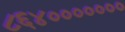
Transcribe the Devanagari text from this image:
८६४०००००००